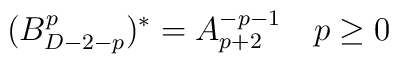
(B^{p}_{D-2-p})^*=A^{-p-1}_{p+2}\quad p\ge 0